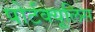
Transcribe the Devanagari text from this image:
पोर्टक्यूलिस